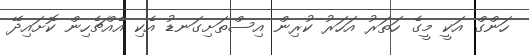
ހަންގް އަކީ މީގެ ހަތަރު އަހަރު ކުރިން އިސްތަށިގަނޑު އެކި އެއްޗެހިން ކޮށައިދޭ